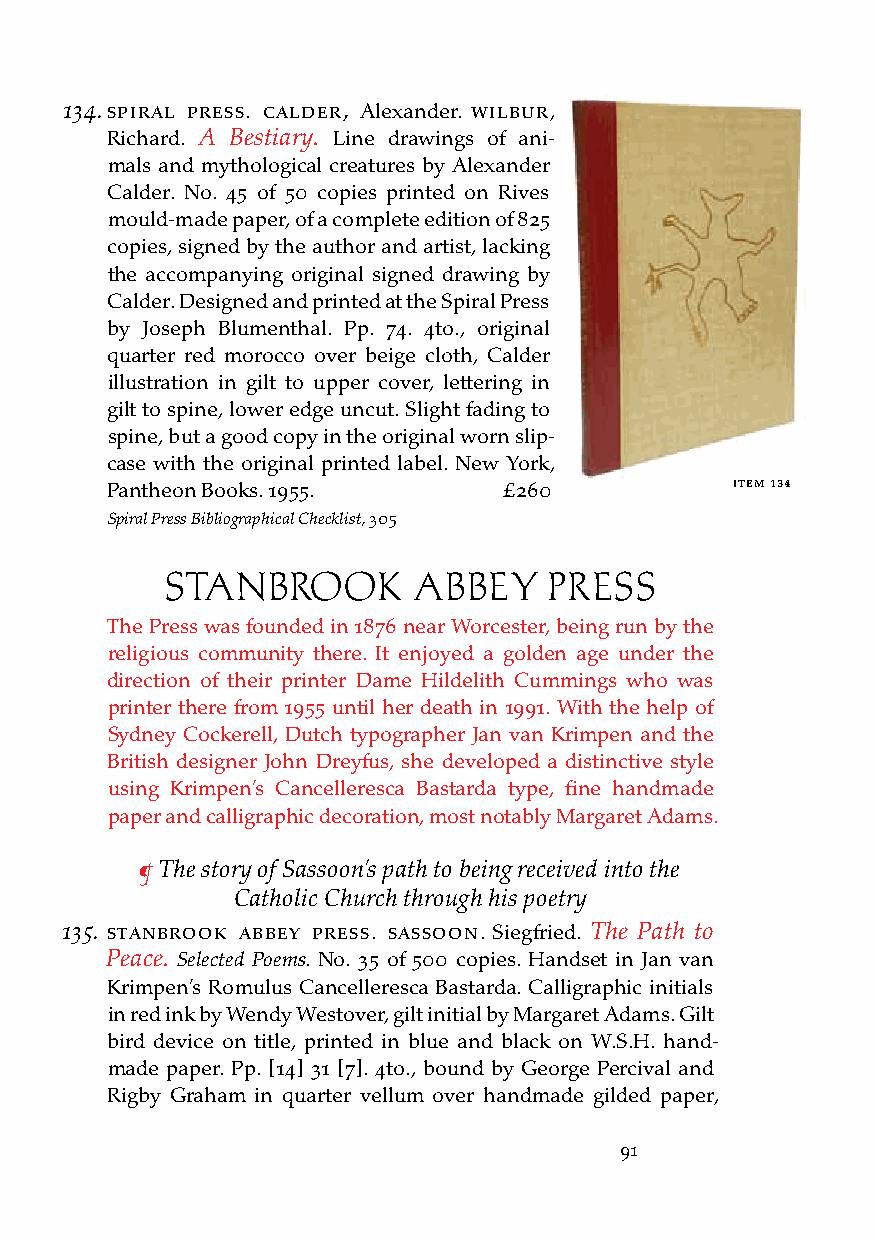
134. sPiral Press. calder, Alexander. Wilbur,
 Richard. A Bestiary. Line drawings of ani-
 mals and mythological creatures by Alexander
 Calder. No. 45 of 50 copies printed on Rives
 mould-made paper, of a complete edition of 825
 copies, signed by the author and artist, lacking
 the accompanying original signed drawing by
 Calder. Designed and printed at the Spiral Press
 by Joseph Blumenthal. Pp. 74. 4to., original
 quarter red morocco over beige cloth, Calder
 illustration in gilt to upper cover, lettering in
 gilt to spine, lower edge uncut. Slight fading to
 spine, but a good copy in the original worn slip-
 case with the original printed label. New York,
 Pantheon Books. 1955.     £260           iteM 134
 Spiral Press Bibliographical Checklist, 305
 STANBROOK       ABBEY    PRESS
 The Press was founded in 1876 near Worcester, being run by the
 religious community there. It enjoyed a golden age under the
 direction of their printer Dame Hildelith Cummings who was
 printer there from 1955 until her death in 1991. With the help of
 Sydney Cockerell, Dutch typographer Jan van Krimpen and the
 British designer John Dreyfus, she developed a distinctive style
 using Krimpen’s Cancelleresca Bastarda type, fine handmade
 paper and calligraphic decoration, most notably Margaret Adams.
 ¶ The story of Sassoon’s path to being received into the
 Catholic Church through his poetry
 135. stanbrook abbey Press. sassoon. Siegfried. The Path to
 Peace. Selected Poems. No. 35 of 500 copies. Handset in Jan van
 Krimpen’s Romulus Cancelleresca Bastarda. Calligraphic initials
 in red ink by Wendy Westover, gilt initial by Margaret Adams. Gilt
 bird device on title, printed in blue and black on W.S.H. hand-
 made paper. Pp. [14] 31 [7]. 4to., bound by George Percival and
 Rigby Graham in quarter vellum over handmade gilded paper,
 91